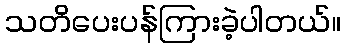
သတိပေးပန်ကြားခဲ့ပါတယ်။